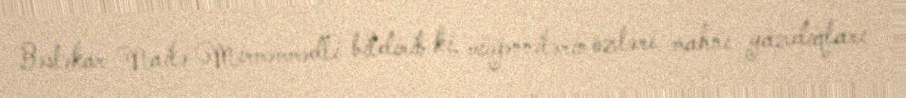
Bəstəkar Nailə Mirməmmədli bildirib ki, müğənnilərin özləri mahnı yazdıqları